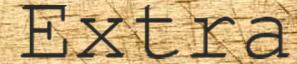
Extra